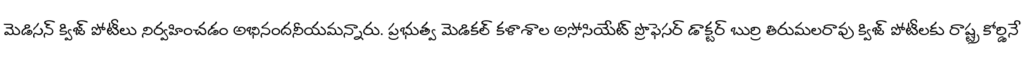
మెడిసన్ క్విజ్ పోటీలు నిర్వహించడం అభినందనీయమన్నారు. ప్రభుత్వ మెడికల్ కళాశాల అసోసియేట్ ప్రొఫెసర్ డాక్టర్ బుర్రి తిరుమలరావు క్విజ్ పోటీలకు రాష్ట్ర కోర్డినే